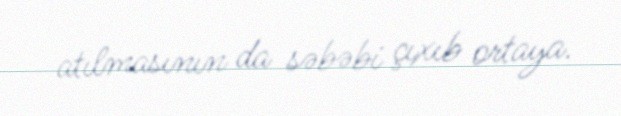
atılmasının da səbəbi çıxıb ortaya.